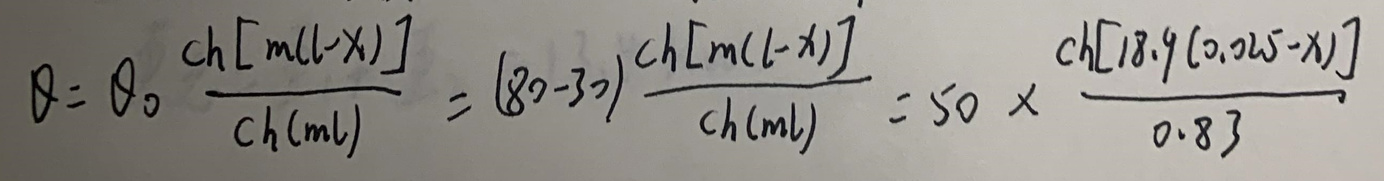
\[
\theta=\theta_0\frac{\text{ch}[m(l - x)]}{\text{ch}(ml)}=(80 - 30)\frac{\text{ch}[m(l - x)]}{\text{ch}(ml)}=50\times\frac{\text{ch}[18.9(0.025 - x)]}{0.83}
\]